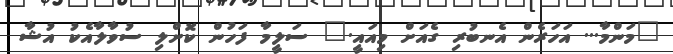
"މަންމާ... އަހަރެން އެނބުރި ގެއަށް މިއައީ." ސަލީމާ ފަހުން ކޮށްލި ސުވާލާއެކު އުޝާ